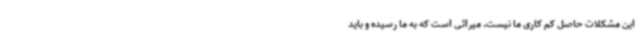
این مشکلات حاصل کم کاری ما نیست. میراثی است که به ما رسیده و باید